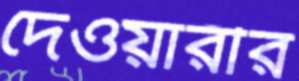
দেওয়ারীর